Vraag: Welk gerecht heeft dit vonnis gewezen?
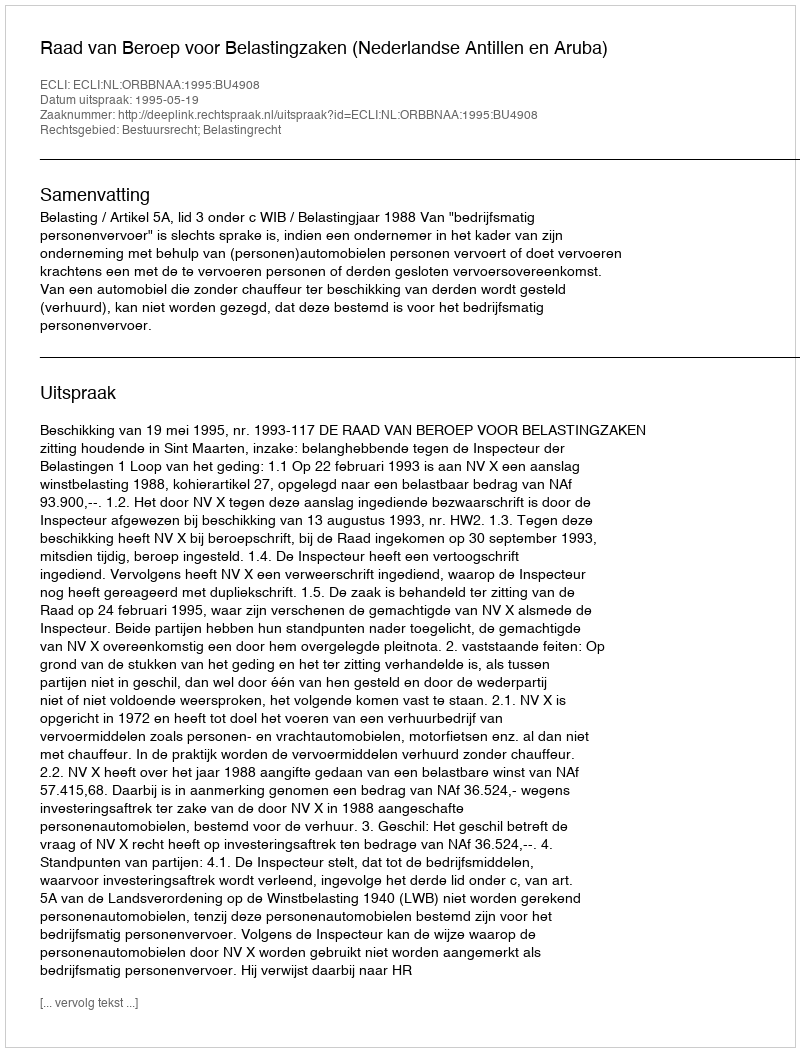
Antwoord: Raad van Beroep voor Belastingzaken (Nederlandse Antillen en Aruba)